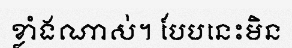
ខ្លាំងណាស់។ បែបនេះមិន